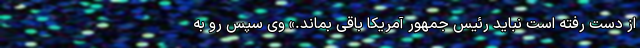
از دست رفته است نباید رئیس جمهور آمریکا باقی بماند.» وی سپس رو به